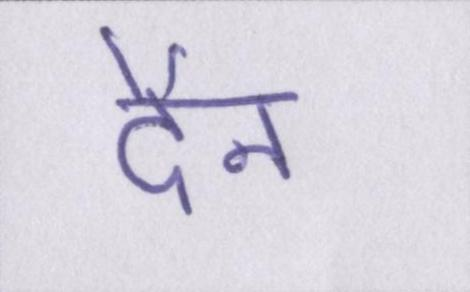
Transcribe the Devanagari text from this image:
दैन